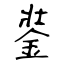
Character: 銺